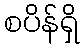
စပိန်ရှိ